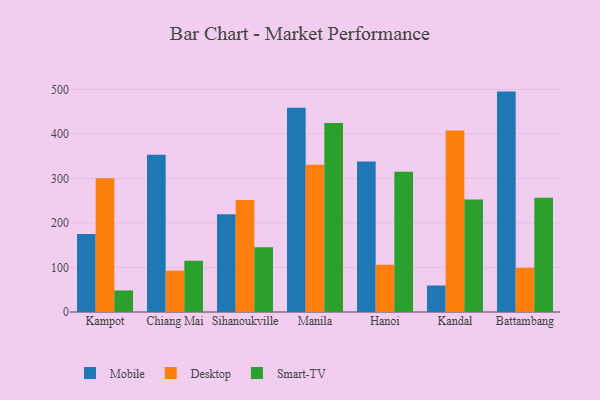
{"axis": {"x": "City", "y": "Inventory Turnover"}, "legend": ["Desktop", "Mobile", "Smart-TV"], "data": [{"x": "Kampot", "y": 175.3, "type": "Mobile"}, {"x": "Kampot", "y": 300.2, "type": "Desktop"}, {"x": "Kampot", "y": 48.4, "type": "Smart-TV"}, {"x": "Chiang Mai", "y": 353.3, "type": "Mobile"}, {"x": "Chiang Mai", "y": 92.8, "type": "Desktop"}, {"x": "Chiang Mai", "y": 115.2, "type": "Smart-TV"}, {"x": "Sihanoukville", "y": 219.4, "type": "Mobile"}, {"x": "Sihanoukville", "y": 251.7, "type": "Desktop"}, {"x": "Sihanoukville", "y": 145.4, "type": "Smart-TV"}, {"x": "Manila", "y": 458.9, "type": "Mobile"}, {"x": "Manila", "y": 330.6, "type": "Desktop"}, {"x": "Manila", "y": 424.3, "type": "Smart-TV"}, {"x": "Hanoi", "y": 337.7, "type": "Mobile"}, {"x": "Hanoi", "y": 106.0, "type": "Desktop"}, {"x": "Hanoi", "y": 314.7, "type": "Smart-TV"}, {"x": "Kandal", "y": 59.5, "type": "Mobile"}, {"x": "Kandal", "y": 407.5, "type": "Desktop"}, {"x": "Kandal", "y": 252.5, "type": "Smart-TV"}, {"x": "Battambang", "y": 494.9, "type": "Mobile"}, {"x": "Battambang", "y": 99.2, "type": "Desktop"}, {"x": "Battambang", "y": 256.8, "type": "Smart-TV"}]}